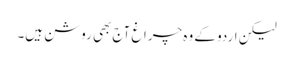
لیکن اردو کے وہ چراغ آج بھی روشن ہیں۔